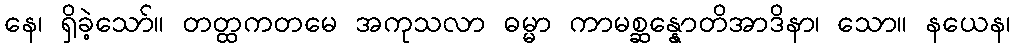
နေ၊ ရှိခဲ့သော်။ တတ္ထကတမေ အကုသလာ ဓမ္မာ ကာမစ္ဆန္နောတိအာဒိနာ၊ သော။ နယေန၊